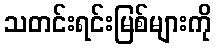
သတင်းရင်းမြစ်များကို